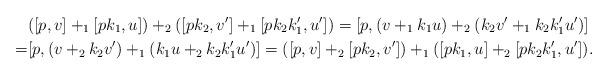
LaTeX: \begin{align*}&([p,v]+_1[pk_1,u])+_2([pk_2,v']+_1[pk_2k'_1,u'])=[p,(v+_1k_1u)+_2(k_2v'+_1k_2k'_1u')]\\=&[p,(v+_2k_2v')+_1(k_1u+_2k_2k'_1u')]=([p,v]+_2[pk_2,v'])+_1([pk_1,u]+_2[pk_2k'_1,u']).\end{align*}